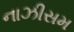
નાઝીસમ